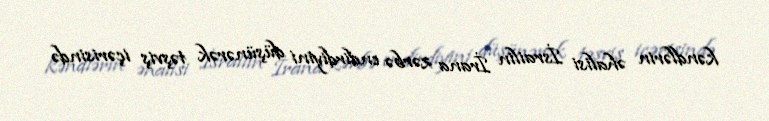
kəndlərin əhalisi İsrailin İrana zərbə endirdiyini düşünərək təşviş içərisində